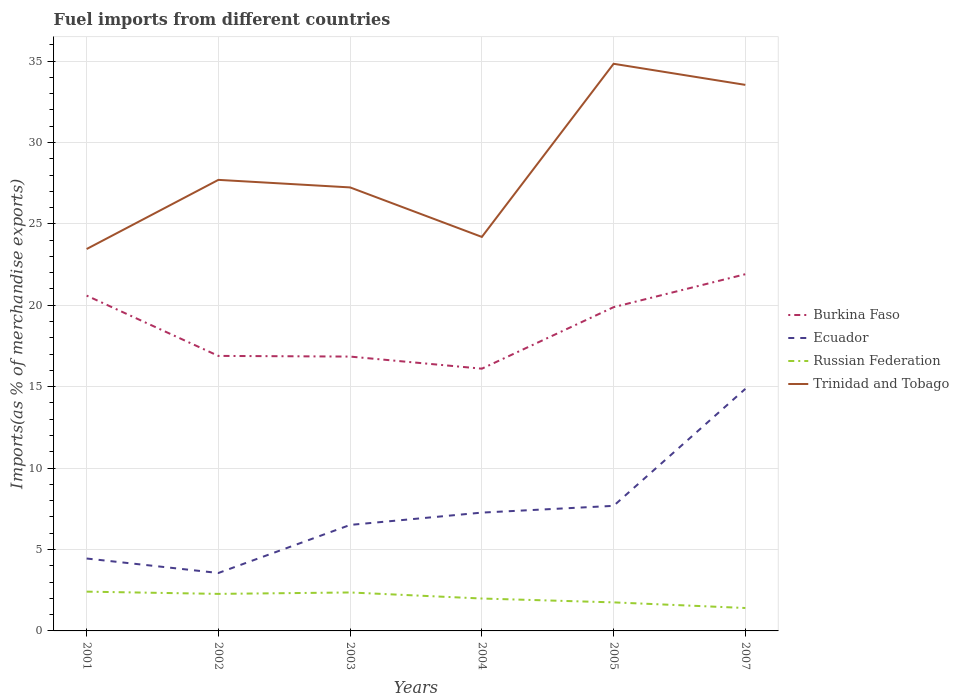
| Years | Burkina Faso | Ecuador | Russian Federation | Trinidad and Tobago |
 | --- | --- | --- | --- | --- |
 | 2001 | 20.6 | 4.45 | 2.41 | 23.5 |
 | 2002 | 16.9 | 3.56 | 2.27 | 27.7 |
 | 2003 | 16.8 | 6.51 | 2.36 | 27.2 |
 | 2004 | 16.1 | 7.27 | 1.99 | 24.2 |
 | 2005 | 19.9 | 7.68 | 1.75 | 34.8 |
 | 2007 | 21.9 | 14.9 | 1.41 | 33.5 |